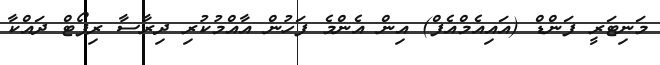
މަނިޓަރީ ފަންޑް (އައިއެމްއެފް) އިން އެންމެ ފަހުން އާއްމުކުރި ދިރާސާ ރިޕޯޓް ދައްކާ